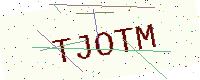
Text: TJOTM